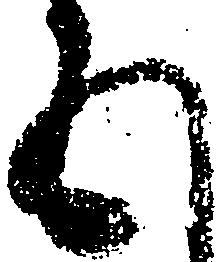
五